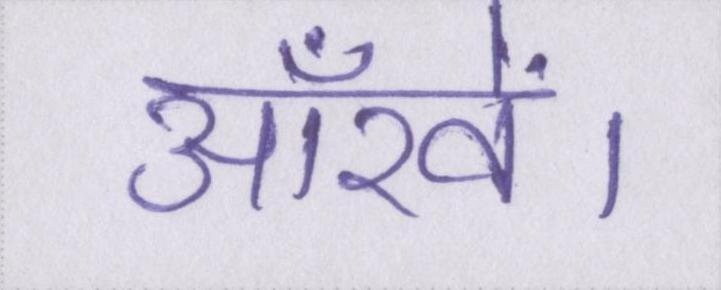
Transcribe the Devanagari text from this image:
आँखें।